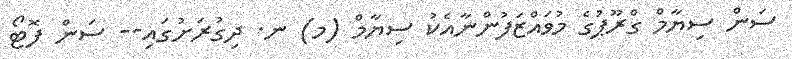
ސަން ސިޔާމް ގްރޫޕުގެ މުވައްޒަފުންނާއެކު ސިޔާމް (މ) ނ. ދިގުރަށުގައި-- ސަން ފޮޓޯ